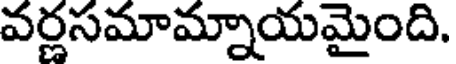
వర్ణసమామ్నాయమైంది.